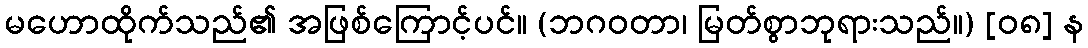
မဟောထိုက်သည်၏ အဖြစ်ကြောင့်ပင်။ (ဘဂဝတာ၊ မြတ်စွာဘုရားသည်။) [၀၈] န